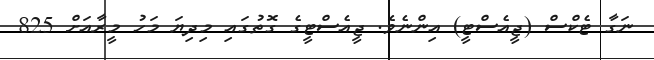
ނަގާ ޓެކްސް (ޖީއެސްޓީ) އިންނެވެ. ޖީއެސްޓީގެ ގޮތުގައި މިދިޔަ މަހު މީރާއަށް 825